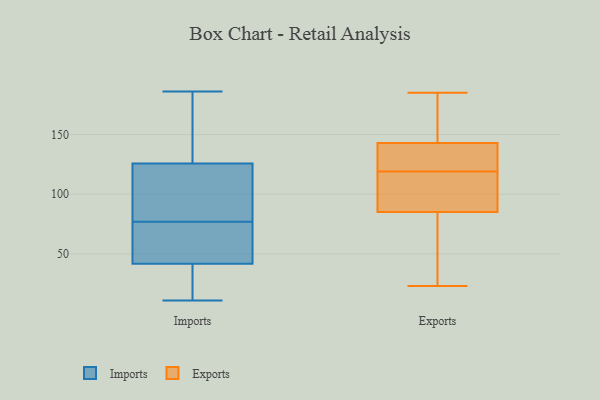
{"axis": {"x": "Revenue (USD Million)", "y": "Value"}, "legend": ["Exports", "Imports"], "data": [{"x": "", "y": 77, "type": "Imports"}, {"x": "", "y": 125, "type": "Imports"}, {"x": "", "y": 126, "type": "Imports"}, {"x": "", "y": 15, "type": "Imports"}, {"x": "", "y": 158, "type": "Imports"}, {"x": "", "y": 148, "type": "Imports"}, {"x": "", "y": 11, "type": "Imports"}, {"x": "", "y": 124, "type": "Imports"}, {"x": "", "y": 36, "type": "Imports"}, {"x": "", "y": 66, "type": "Imports"}, {"x": "", "y": 186, "type": "Imports"}, {"x": "", "y": 34, "type": "Imports"}, {"x": "", "y": 59, "type": "Imports"}, {"x": "", "y": 76, "type": "Imports"}, {"x": "", "y": 97, "type": "Imports"}, {"x": "", "y": 125, "type": "Exports"}, {"x": "", "y": 124, "type": "Exports"}, {"x": "", "y": 159, "type": "Exports"}, {"x": "", "y": 143, "type": "Exports"}, {"x": "", "y": 78, "type": "Exports"}, {"x": "", "y": 185, "type": "Exports"}, {"x": "", "y": 104, "type": "Exports"}, {"x": "", "y": 85, "type": "Exports"}, {"x": "", "y": 23, "type": "Exports"}, {"x": "", "y": 114, "type": "Exports"}]}